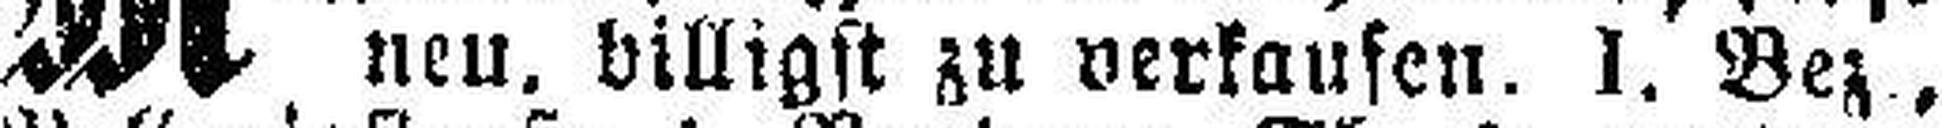
neu, billigst zu verkaufen. I. Bez.,